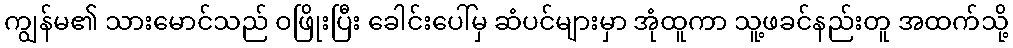
ကျွန်မ၏ သားမောင်သည် ဝဖြိုးပြီး ခေါင်းပေါ်မှ ဆံပင်များမှာ အုံထူကာ သူ့ဖခင်နည်းတူ အထက်သို့